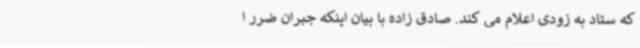
که ستاد به زودی اعلام می کند. صادق زاده با بیان اینکه جبران ضرر ا